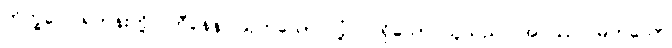
ဘိက္ခဝေ၊ ရဟန်းတို့။ ဟီနေန၊ ယုတ်သော လုံ့လ ရှိသော သူသည်။ အဂ္ဂဿ၊ မြတ်သော